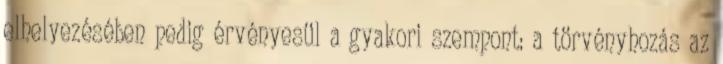
elhelyezésében pedig érvényesül a gyakori szempont: a törvényhozás az